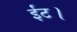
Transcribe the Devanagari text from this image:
ईंट।